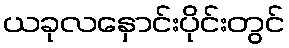
ယခုလနှောင်းပိုင်းတွင်